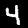
Digit: 4